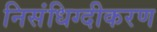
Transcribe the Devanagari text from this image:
निसंधिग्दीकरण